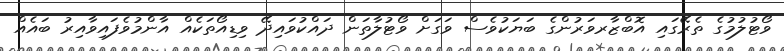
ވޯޓުލުމުގެ ތެރޭގައި އޮބްޒާރވަރުންގެ ބަޔަކުވެސް ވަގަށް ވޯޓުލާތަން ދައްކުވައިދޭ ވިޑިއޯތަކެއް އާންމުވެފައިވާއިރު ބައެއް